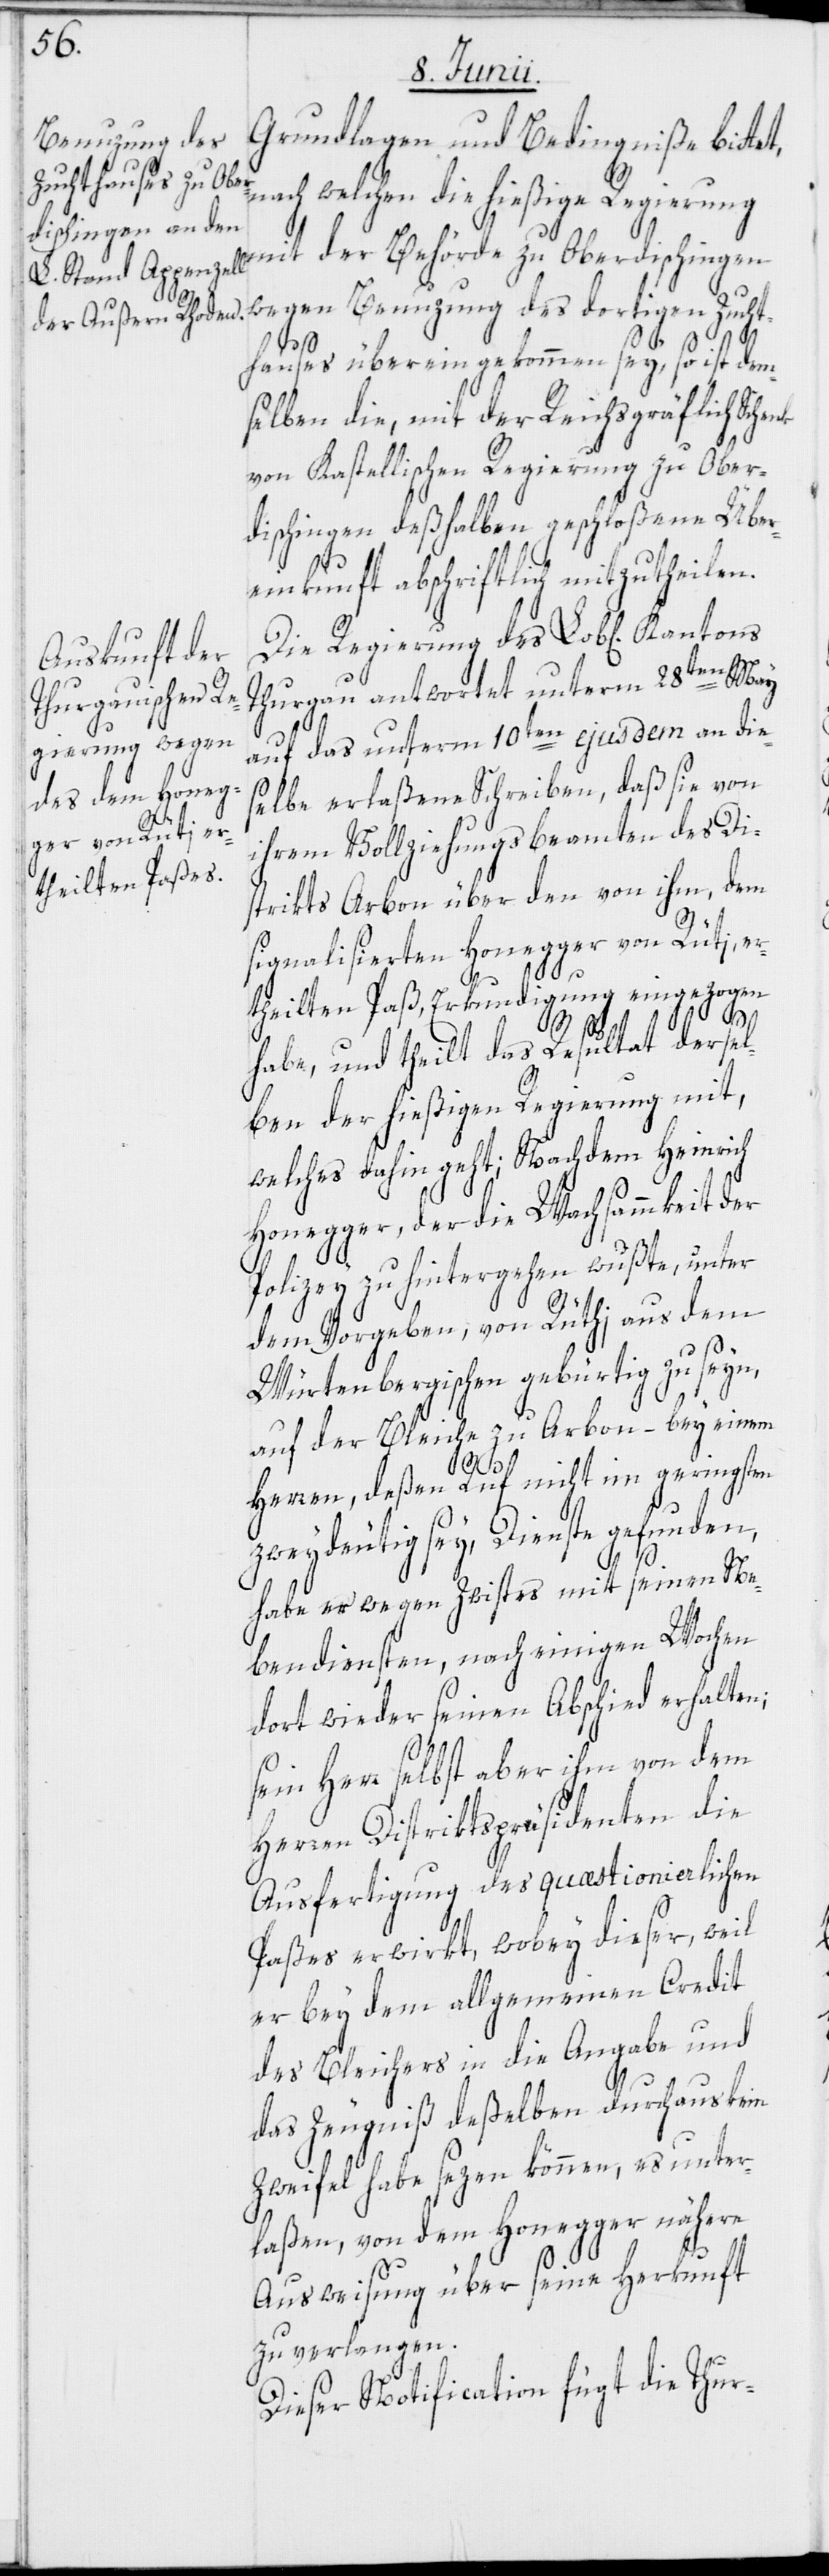
Grundlagen und Bedingniße bittet,
nach welchen die hießige Regierung
mit der Behörde zu Oberdischingen
wegen Benuzung des dortigen Zucht¬
hauses übereingekommen sey, so ist dem¬
selben die, mit der Reichsgräflich
von Kastellischen Regierung zu Ober¬
dischingen deßhalben geschloßene Über¬
einkunft abschriftlich mitzutheilen.
Die Regierung des Lob[lichen] Kantons
Thurgau antwortet unterm 28ten May
auf das unterm 10ten ejusdem an die¬
selbe erlaßene Schreiben, daß sie von
ihrem Vollziehungsbeamten des Di¬
strikts Arbon über den von ihm, dem
signalisierten Honegger von Rüti, er¬
theilten Paß, Erkundigung eingezogen
habe, und theilt das Resultat dersel¬
ben der hießigen Regierung mit,
welches dahin geht; Nachdem Heinrich
Honegger, der die Wachsammkeit der
Polizey zu hintergehen wußte, unter
dem Vorgeben, von Rüthi aus dem
Würtenbergischen gebürtig zu seyn,
auf der Bleiche zu Arbon – bey einem
Herren, deßen Ruf nicht im geringsten
zweydeutig sey, Dienste gefunden,
habe er wegen Zwistes mit seinen Ne¬
bendiensten, nach einigen Wochen
dort wieder seinen Abschied erhalten;
sein Herr selbst aber ihm von dem
Herren Distriktspräsidenten die
Ausfertigung des quæstionierlichen
Paßes erwirkt, wobey dieser, weil
er bey dem allgemeinen Credit
des Bleichers in die Angabe und
das Zeugniß deßelben durchaus kein
Zweifel habe sezen können, es unter¬
laßen, von dem Honegger nähere
Ausweisung über seine Herkunft
zu verlangen.
Dieser Notification fügt die Thur-